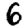
Digit: 6